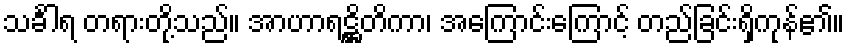
သင်္ခါရ တရားတို့သည်။ အာဟာရဋ္ဌိတိကာ၊ အကြောင်းကြောင့် တည်ခြင်းရှိကုန်၏။